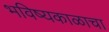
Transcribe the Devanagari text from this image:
भविष्यकाळाचा